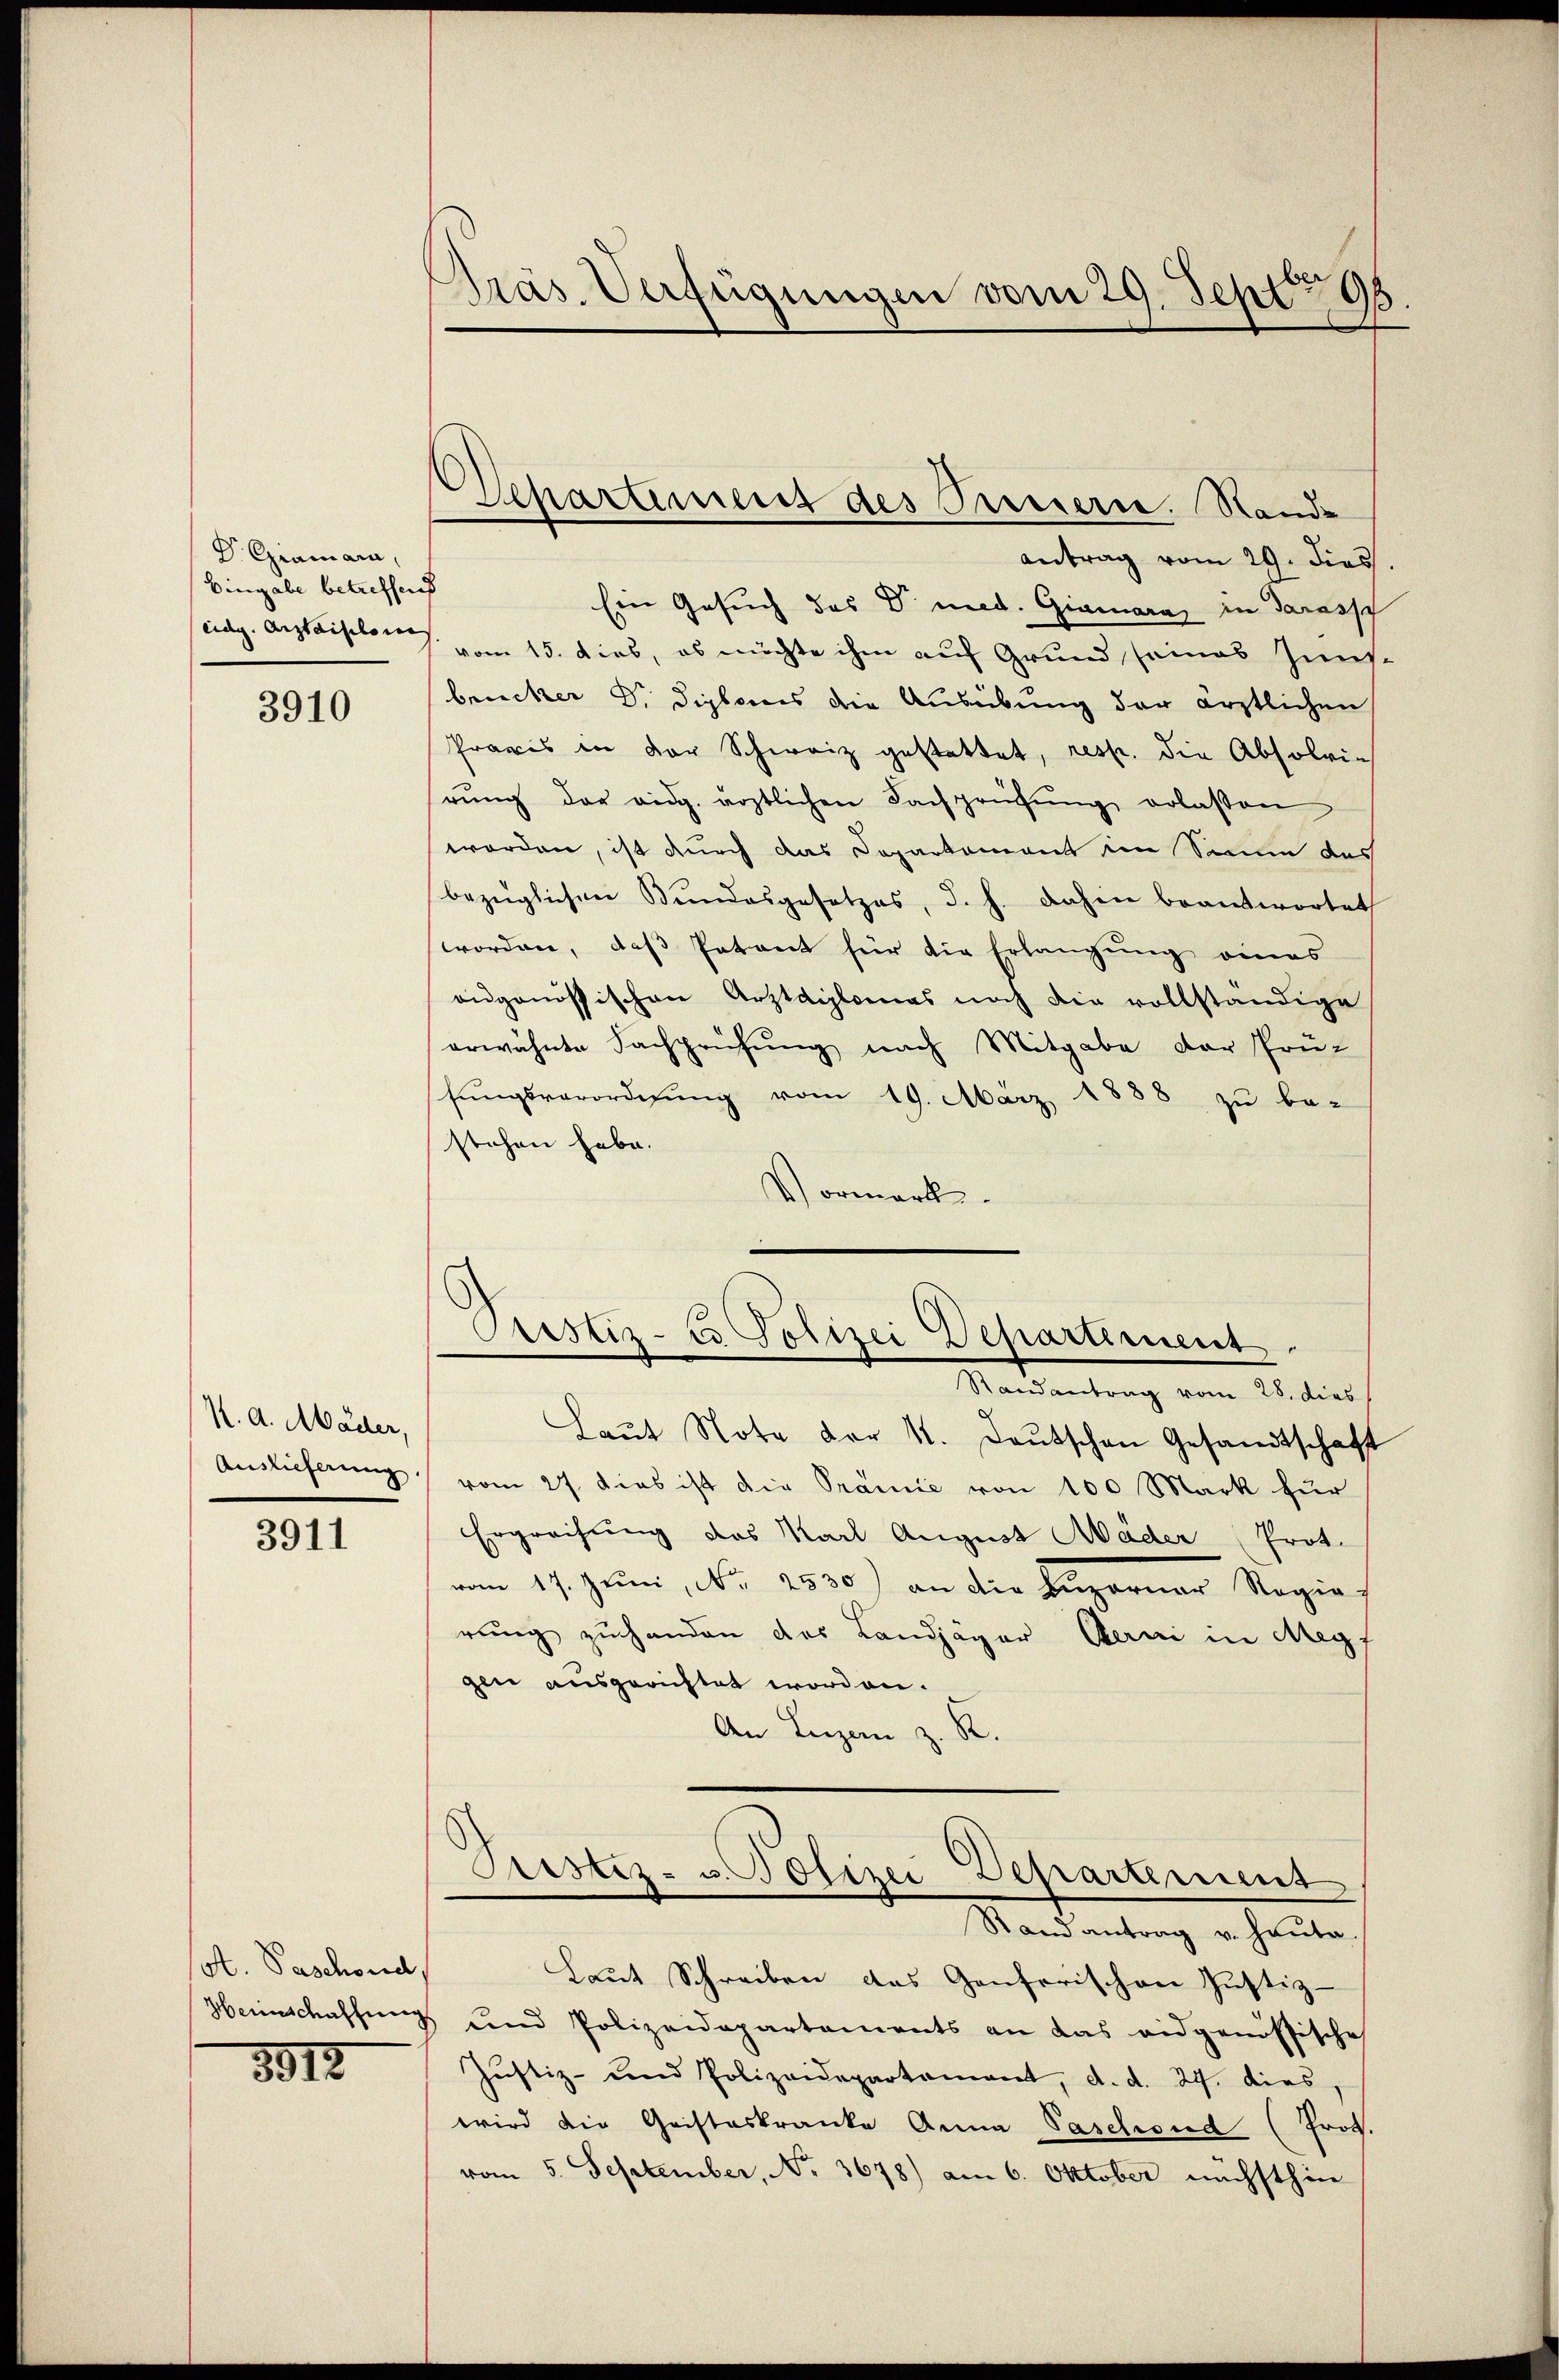
Dr. Gramara,
Eingabe betreffend

3910

K. d. Mäder,
Auslieferung

3911

A. Paschond

3915.

Präs. Verfügungen vom 29. Sept. 98.

Ein Gesuch des Dr. med. Giamara, in darassch
eidg. Arztaillen vom 15. dies, es möchte ihm auf Grund seines Innsbrucker D. Diplomes die Ausübung der ärztlichen
Praxis in der Schweiz gestattet, resp. die Absolvie
rŭng der eidg. ärztlichen Fachprüfŭng erlassen
worden, ist durch das Departement im Sinne das
bezüglichen Bundesgesetzes, d. h. dahin beantwortet
worden, daß Petent für die Erlangung eines
augenössischen Arztdiplomas noch die vollständige
erwähnte Sachprüfung nach Mitgabe der Prü-
hungsverordnung vom 19. März 1888 zu be-
stehen habe.
Vormerk

Departement des Preiern. Stande
Antrag vom 29. Diess.

Prestiz-Co Polizei Departement.
Madeantrag vom 2. dies

Laŭt Note der K. Deutschen Gesandtschaft
vom 27. dies ist die Prämie von 100 Mark für
Ergreifung des Karl August Mäder Prot.
vom 17. Juni, No 2530) an die Engerner Regie
rung zuhanden das Landjäger Bern in Meg
gen ausgerichtet worden.
An Luzern z. R.
Justiz- u. Polizei
Departement
Stand antrag v. Hauta
Laut Schreiben das Genferischen Justiz-
Heimschaffŭng und Polizeidepartements an das eidgenössische
Justiz- und Polizeidepartament, d. d. 24. dies,
wird die Cristeskranke Anna Paschend (Prot.
vom 5. September, No. 3678) am 6. Oktober nächsthin